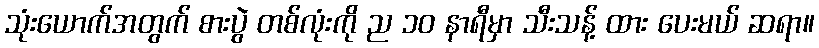
သုံးယောက်အတွက် စားပွဲ တစ်လုံးကို ည ၁၀ နာရီမှာ သီးသန့် ထား ပေးမယ် ဆရာ။